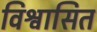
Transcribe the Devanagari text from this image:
विश्वासित